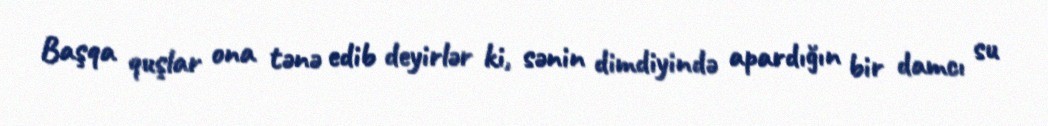
Başqa quşlar ona tənə edib deyirlər ki, sənin dimdiyində apardığın bir damcı su